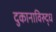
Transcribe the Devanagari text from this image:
दुकानाविरुद्ध